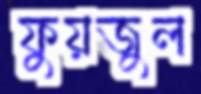
ফুয়জুল